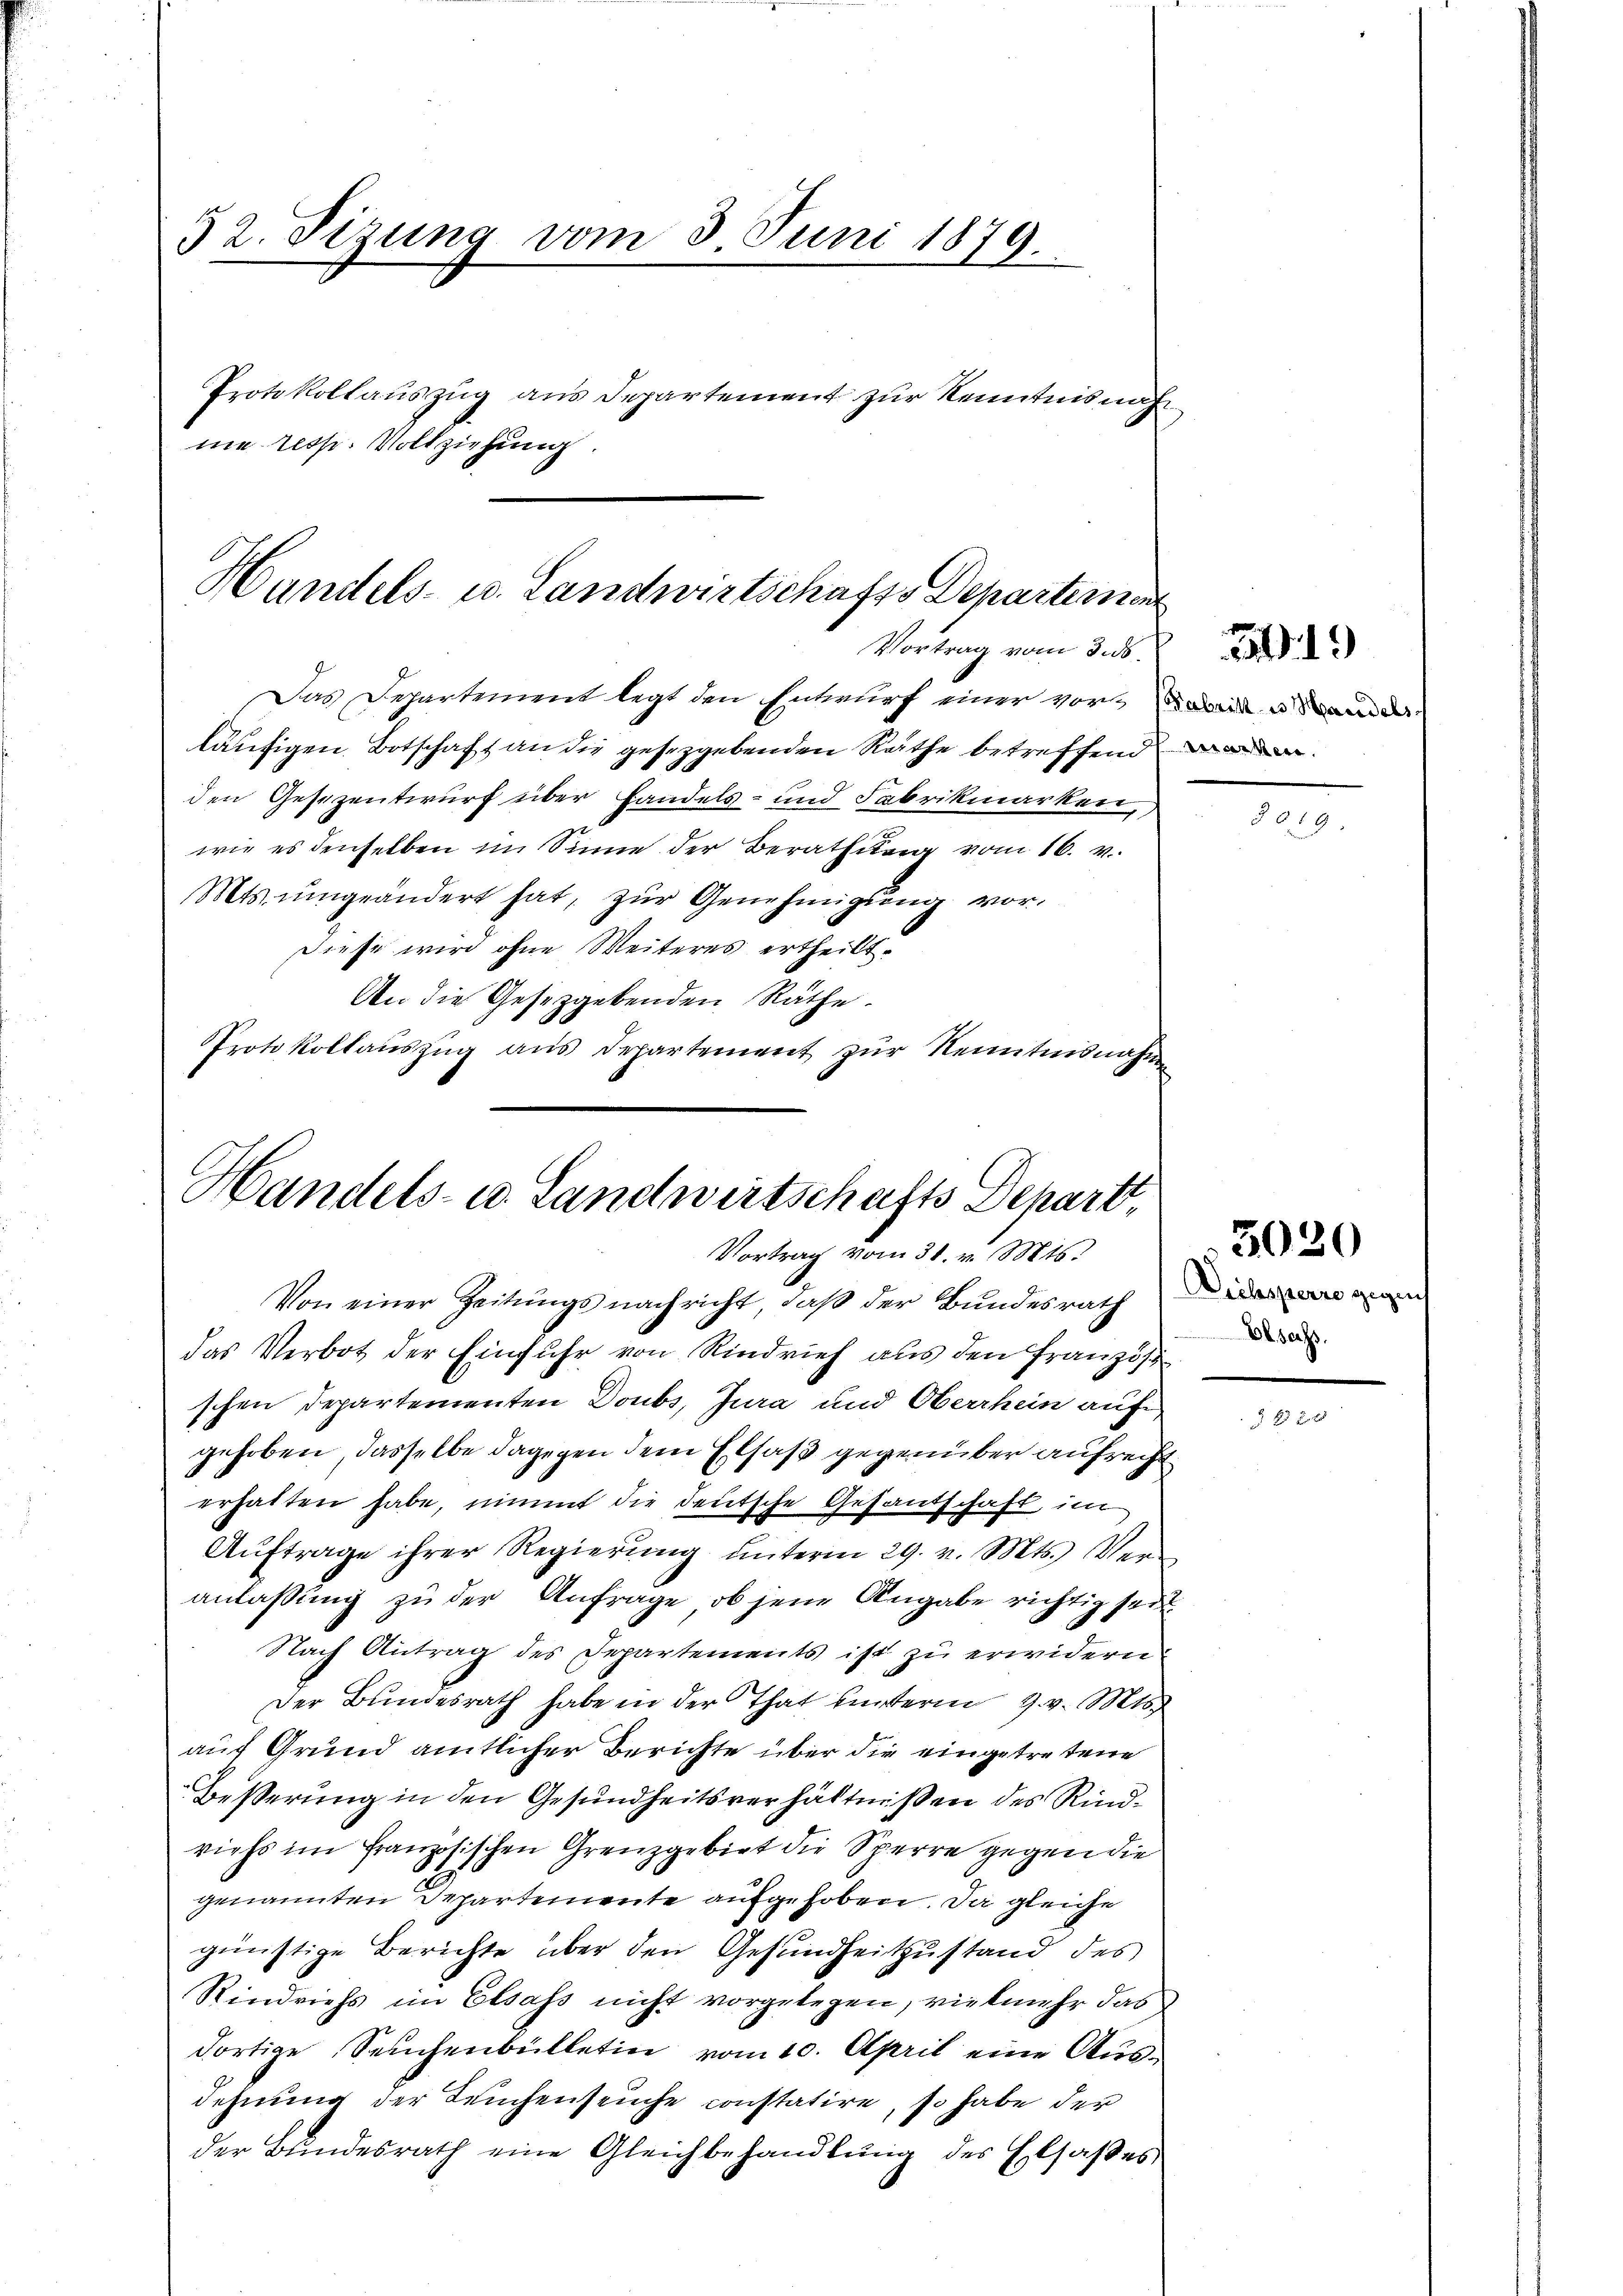
32. Sizung vom 3. Juni 1879.
Protokollauszug aus Departement zur Kenntnisnahm
me resp. Vollziehung.

Handels- u. Landwirtschafts Departement
Vortrag vom 3. ds.
Das Departement legt den Entwurf einer vorweis u Stander

läufigen Botschaft an die gesezgebenden Räthe betreffend werden.
den Gesezentwurf über Handels- und Fabrikmarken,
wie es denselben im Sinne der Berathung vom 16. v.
Mts. ŭmgeändert hat, zŭr Genehmigŭng vor-
Diese wird ohne Weiteres ertheilt.
An die Gesetzgebenden Räthe.
Protokollaŭszŭg aŭs Departement zŭr Nenntnisnahmen

Handels- u. Landwirtschafts Depart,
Vortrag vom 31. v. Mts.
Von einer Zeitungsnachricht, daß der Bundesrath

das Verbot der Einfuhr von Rindvieh aus den Französi
schen Departementen Doubs, Jura und Oberrhein auf,
gehoben, dasselbe dagegen dem Elsaß gegenüber aufrecht
erhalten habe, nimmt die deutsche Gesandschaft, im
Aŭftrage ihrer Regierŭng ŭnterm 29. v. Mts. Ver-
anlaßung zu der Anfrage, ob jene Angabe richtig seit
Nach Antrag des Departements ist zu erwidern
Der Bundesrath habe in der That hinterm 9. v. Mts.
auf Grund amtlicher Berichte über die eingetretene
Besserung in den Gesundheitsverhältnißen des Rindviehs im französischen Grenzgebiet die Sperre gegen die
genannten Departemente aufgehoben. Da gleiche
günstige Berichte über den Gesundheitzustand des
Rindviehs im Elsass nicht vorgelegen, vielmehr das
dortige Seuchenbülletin vom 10. April eine Ausdehnung der Leuchenseuche constatire, so habe der
der Bundesrath eine Gleichbehandlung des Elsaßes

19)

3020

besass.